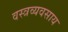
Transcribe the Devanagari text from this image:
वस्त्रव्यवसाय